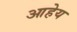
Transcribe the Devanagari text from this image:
आहेय